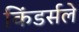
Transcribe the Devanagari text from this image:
किंडर्सले